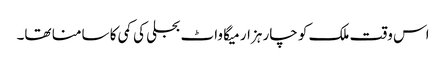
اس وقت ملک کو چار ہزار میگا واٹ بجلی کی کمی کا سامنا تھا۔